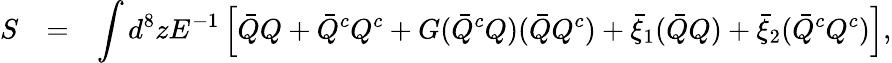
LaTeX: \begin{array}{rcl}{{S}}&{{=}}&{{\displaystyle\int d^{8}zE^{-1}\left[\bar{Q}Q+\bar{Q}^{c}Q^{c}+G(\bar{Q}^{c}Q)(\bar{Q}Q^{c})+\bar{\xi}_{1}(\bar{Q}Q)+\bar{\xi}_{2}(\bar{Q}^{c}Q^{c})\right],}}\end{array}